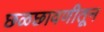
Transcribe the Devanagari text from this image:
छळछावणीतून